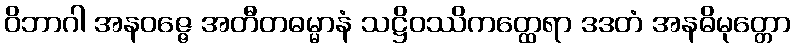
ဝိဘာဂါ အနဝဇ္ဇေ အတီတဓမ္မာနံ သဋ္ဌိဝဿိကတ္ထေရာ ဒဒတံ အနဓိမုတ္တော